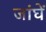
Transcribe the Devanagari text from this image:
जांघें